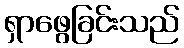
ရှာဖွေခြင်းသည်